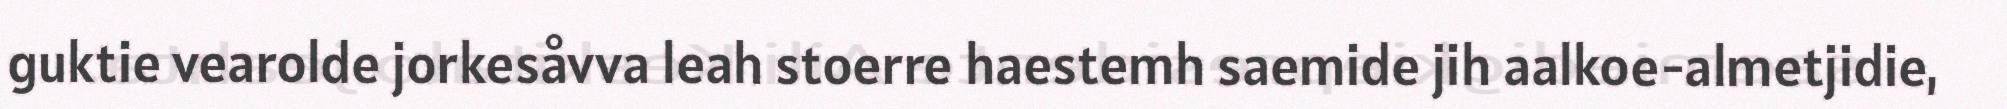
guktie vearolde jorkesåvva leah stoerre haestemh saemide jih aalkoe-almetjidie,